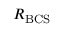
R _ { \mathrm { B C S } }